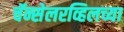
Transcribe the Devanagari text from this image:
चॅन्सेलरव्हिलच्या